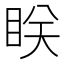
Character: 眹